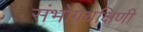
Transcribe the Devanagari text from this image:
संभोगयक्षिणी